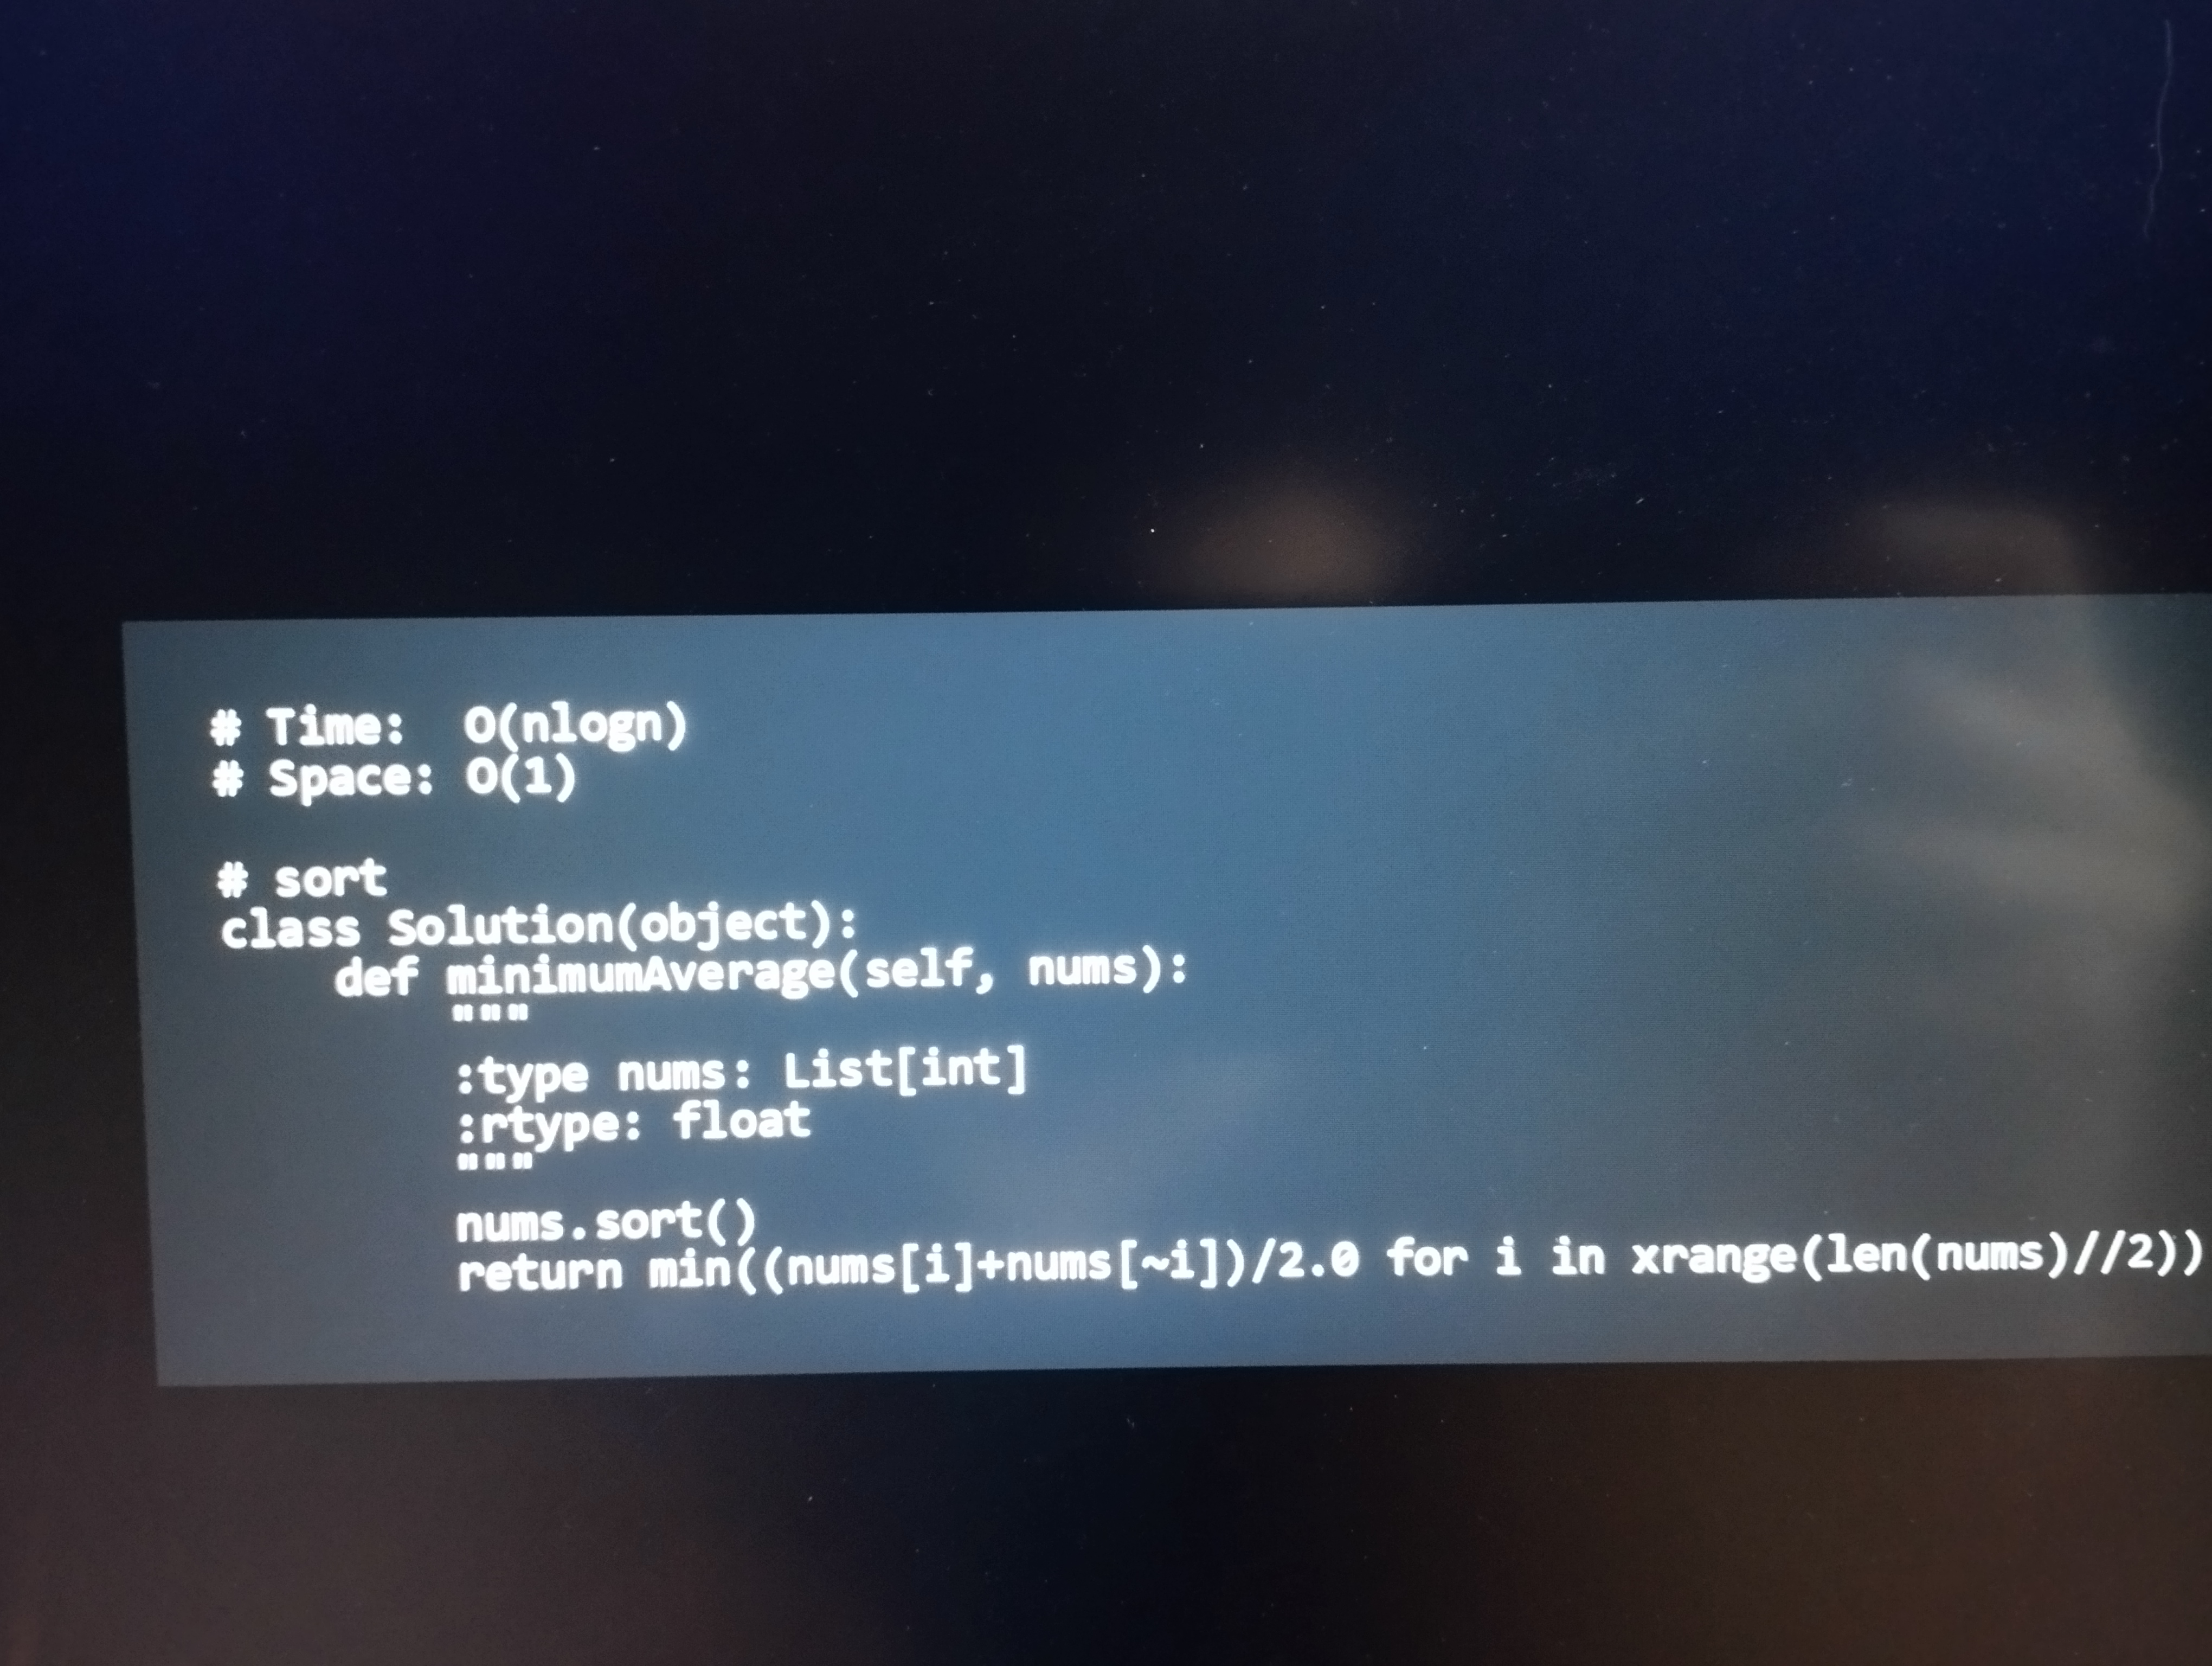
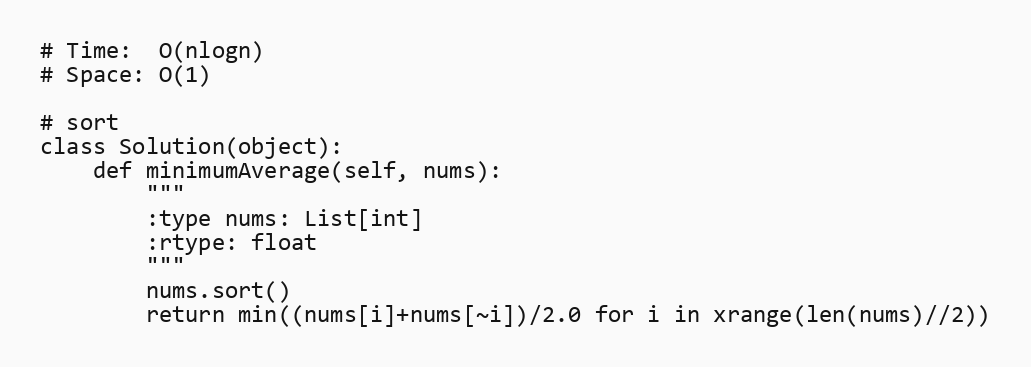
# Time:  O(nlogn)
# Space: O(1)

# sort
class Solution(object):
    def minimumAverage(self, nums):
        """
        :type nums: List[int]
        :rtype: float
        """
        nums.sort()
        return min((nums[i]+nums[~i])/2.0 for i in xrange(len(nums)//2))